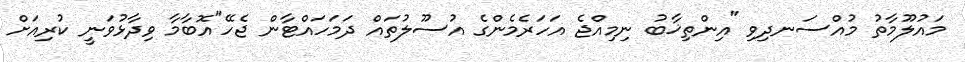
މައުލޫމާތު މުއްސަނދިވި "އިންތިޚާބު ނިމިއްޖެ އަހަރެމެންގެ އުސޫލުތައް ދަމަހައްޓާން ޖެހޭ"އޮބާމާ ވިދާޅުވަނީ ކުރިއަށް